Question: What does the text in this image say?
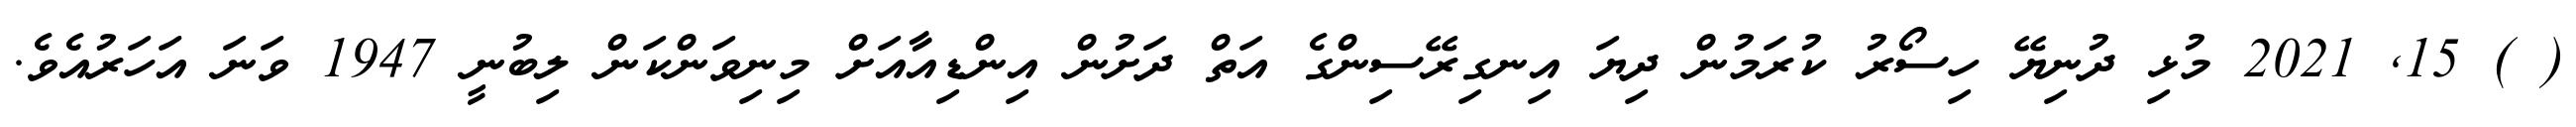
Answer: ( ) 15, 2021 މުޅި ދުނިޔޭ ހިސޯރު ކުރަމުން ދިޔަ އިނގިރޭސިންގެ އަތް ދަށުން އިންޑިއާއަށް މިނިވަންކަން ލިބުނީ 1947 ވަނަ އަހަރުއެވެ.